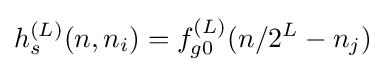
h_{s}^{(L)}(n,n_{i})=f_{g0}^{(L)}(n/2^{L}-n_{j})